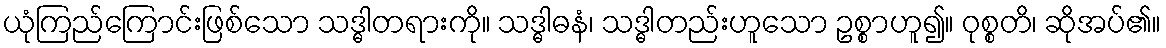
ယုံကြည်ကြောင်းဖြစ်သော သဒ္ဓါတရားကို။ သဒ္ဓါဓနံ၊ သဒ္ဓါတည်းဟူသော ဥစ္စာဟူ၍။ ဝုစ္စတိ၊ ဆိုအပ်၏။